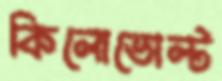
কিলোভোল্ট